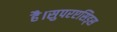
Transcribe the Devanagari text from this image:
है।सुपरएसिड्स